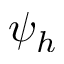
\psi _ { h }